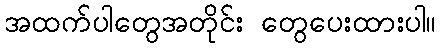
အထက်ပါတွေအတိုင်း တွေပေးထားပါ။